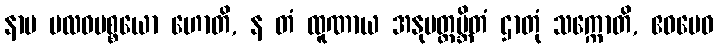
နာမ ဗလဝပစ္စယော ဟောတိ, န တံ ထူဏာယ အနုပတ္ထမ္ဘိတံ ဌာတုံ သက္ကောတိ, ဧဝမေဝ